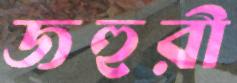
জহুরী